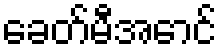
ခေတ်မီအောင်